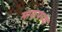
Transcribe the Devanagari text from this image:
माकपच्या